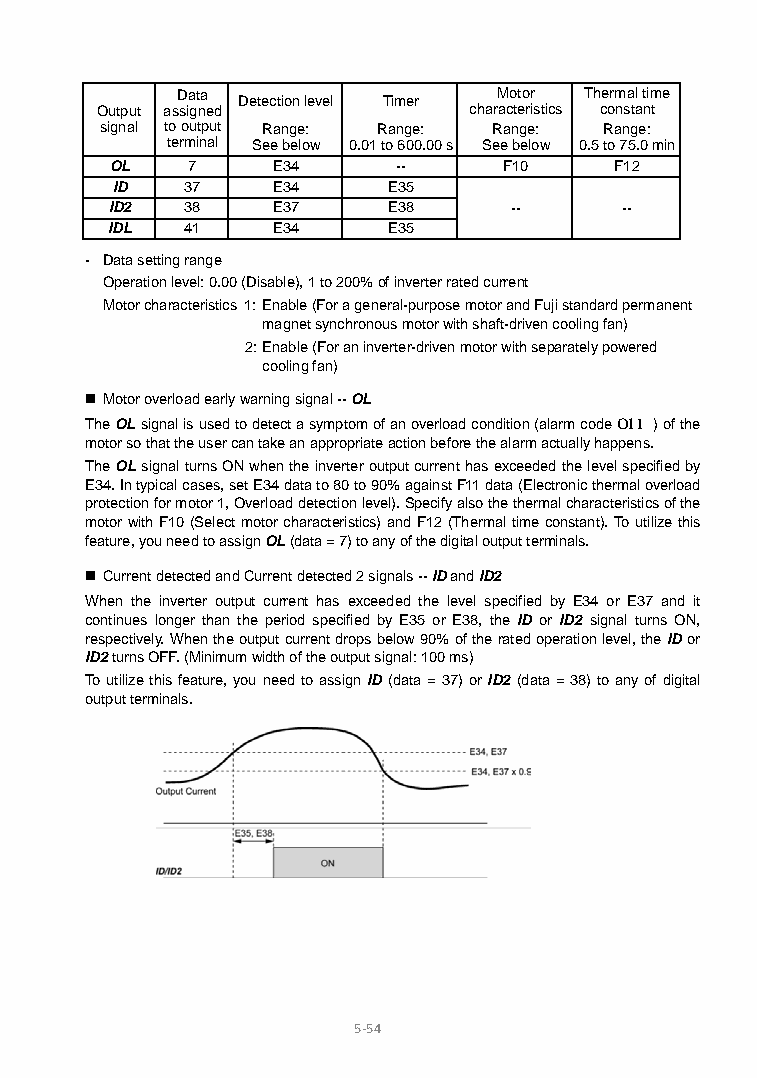
Data Detection level Timer Motor Thermal time
 Output assigned          characteristics constant
 signal to output Range: Range: Range: Range:
 terminal See below 0.01 to 600.00 s See below 0.5 to 75.0 min
 OL   7     E34     --     F10     F12
 ID   37    E34     E35
 ID2  38    E37     E38     --     --
 IDL  41    E34     E35
 - Data setting range
 Operation level: 0.00 (Disable), 1 to 200% of inverter rated current
 Motor characteristics 1: Enable (For a general-purpose motor and Fuji standard permanent
 magnet synchronous motor with shaft-driven cooling fan)
 2: Enable (For an inverter-driven motor with separately powered
 cooling fan)
  Motor overload early warning signal -- OL
 The OL signal is used to detect a symptom of an overload condition (alarm code 0l1 ) of the
 motor so that the user can take an appropriate action before the alarm actually happens.
 The OL signal turns ON when the inverter output current has exceeded the level specified by
 E34. In typical cases, set E34 data to 80 to 90% against F11 data (Electronic thermal overload
 protection for motor 1, Overload detection level). Specify also the thermal characteristics of the
 motor with F10 (Select motor characteristics) and F12 (Thermal time constant). To utilize this
 feature, you need to assign OL (data = 7) to any of the digital output terminals.
  Current detected and Current detected 2 signals -- ID and ID2
 When the inverter output current has exceeded the level specified by E34 or E37 and it
 continues longer than the period specified by E35 or E38, the ID or ID2 signal turns ON,
 respectively. When the output current drops below 90% of the rated operation level, the ID or
 ID2 turns OFF. (Minimum width of the output signal: 100 ms)
 To utilize this feature, you need to assign ID (data = 37) or ID2 (data = 38) to any of digital
 output terminals.
 5-54